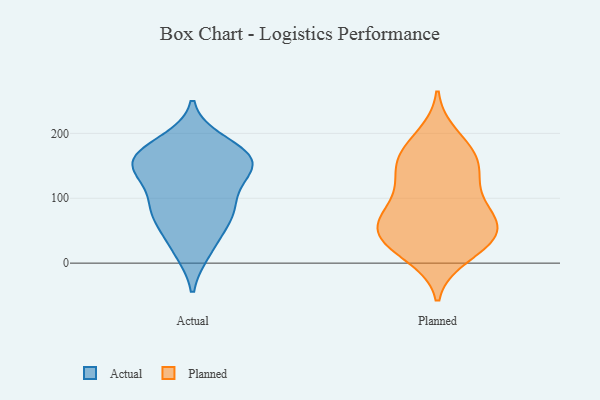
{"axis": {"x": "Customer Acquisition Cost (USD)", "y": "Value"}, "legend": ["Actual", "Planned"], "data": [{"x": "", "y": 164, "type": "Actual"}, {"x": "", "y": 145, "type": "Actual"}, {"x": "", "y": 57, "type": "Actual"}, {"x": "", "y": 168, "type": "Actual"}, {"x": "", "y": 84, "type": "Actual"}, {"x": "", "y": 21, "type": "Actual"}, {"x": "", "y": 102, "type": "Actual"}, {"x": "", "y": 187, "type": "Actual"}, {"x": "", "y": 19, "type": "Actual"}, {"x": "", "y": 137, "type": "Actual"}, {"x": "", "y": 79, "type": "Actual"}, {"x": "", "y": 152, "type": "Actual"}, {"x": "", "y": 178, "type": "Actual"}, {"x": "", "y": 164, "type": "Actual"}, {"x": "", "y": 144, "type": "Actual"}, {"x": "", "y": 70, "type": "Actual"}, {"x": "", "y": 87, "type": "Actual"}, {"x": "", "y": 145, "type": "Actual"}, {"x": "", "y": 11, "type": "Planned"}, {"x": "", "y": 52, "type": "Planned"}, {"x": "", "y": 76, "type": "Planned"}, {"x": "", "y": 111, "type": "Planned"}, {"x": "", "y": 46, "type": "Planned"}, {"x": "", "y": 196, "type": "Planned"}, {"x": "", "y": 27, "type": "Planned"}, {"x": "", "y": 73, "type": "Planned"}, {"x": "", "y": 21, "type": "Planned"}, {"x": "", "y": 47, "type": "Planned"}, {"x": "", "y": 37, "type": "Planned"}, {"x": "", "y": 67, "type": "Planned"}, {"x": "", "y": 179, "type": "Planned"}, {"x": "", "y": 76, "type": "Planned"}, {"x": "", "y": 149, "type": "Planned"}, {"x": "", "y": 160, "type": "Planned"}, {"x": "", "y": 123, "type": "Planned"}, {"x": "", "y": 139, "type": "Planned"}, {"x": "", "y": 164, "type": "Planned"}]}